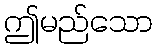
ဤမည်သော